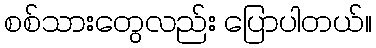
စစ်သားတွေလည်း ပြောပါတယ်။